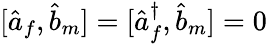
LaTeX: [\hat{a}_{f},\hat{b}_{m}]=[\hat{a}_{f}^{\dagger},\hat{b}_{m}]=0